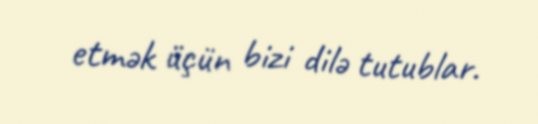
etmək üçün bizi dilə tutublar.